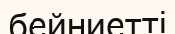
бейниетті